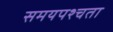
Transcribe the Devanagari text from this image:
समयपश्चता